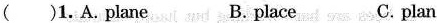
( )1.A.plane B.place C.plan